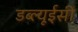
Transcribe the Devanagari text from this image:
डब्ल्यूईसी